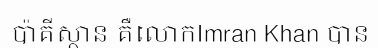
ប៉ាគីស្ថាន គឺលោកImran Khan បាន